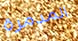
المدمرة